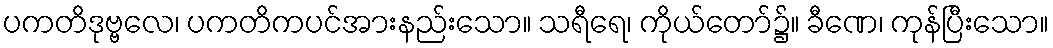
ပကတိဒုဗ္ဗလေ၊ ပကတိကပင်အားနည်းသော။ သရီရေ၊ ကိုယ်တော်၌။ ခီဏေ၊ ကုန်ပြီးသော။